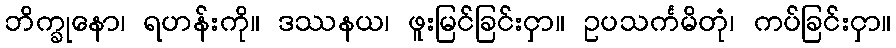
ဘိက္ခုနော၊ ရဟန်းကို။ ဒဿနယ၊ ဖူးမြင်ခြင်းငှာ။ ဥပသင်္ကမိတုံ၊ ကပ်ခြင်းငှာ။